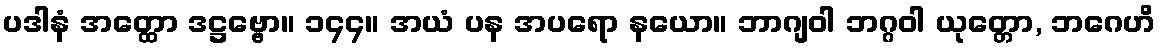
ပဒါနံ အတ္ထော ဒဋ္ဌဗ္ဗော။ ၁၄၄။ အယံ ပန အပရော နယော။ ဘာဂျဝါ ဘဂ္ဂဝါ ယုတ္တော, ဘဂေဟိ